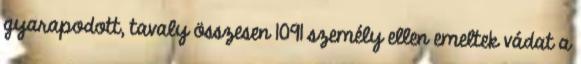
gyarapodott, tavaly összesen 1091 személy ellen emeltek vádat a